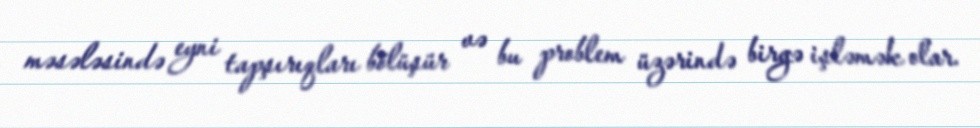
məsələsində eyni tapşırıqları bölüşür və bu problem üzərində birgə işləmək olar.